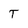
Character: T